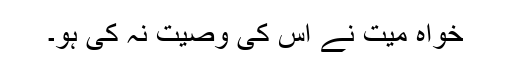
خواہ میت نے اس کی وصیت نہ کی ہو۔